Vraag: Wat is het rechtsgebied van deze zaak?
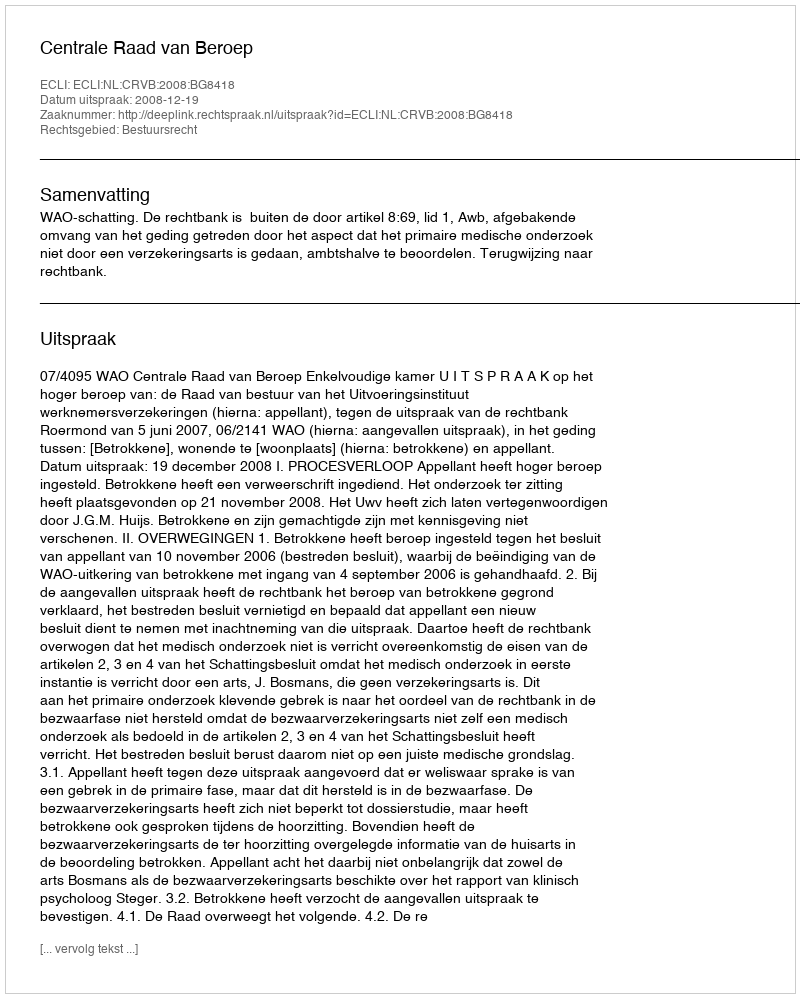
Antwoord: Bestuursrecht